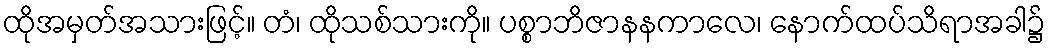
ထိုအမှတ်အသားဖြင့်။ တံ၊ ထိုသစ်သားကို။ ပစ္စာဘိဇာနနကာလေ၊ နောက်ထပ်သိရာအခါ၌